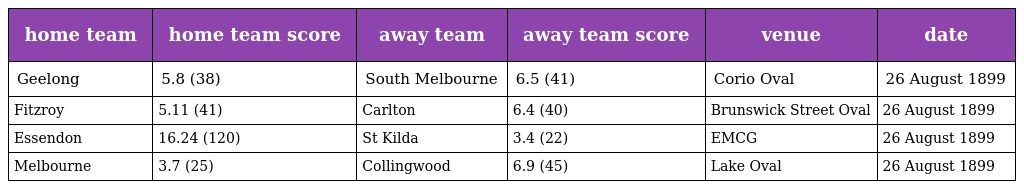
| home team | home team score | away team | away team score | venue | date |
 | --- | --- | --- | --- | --- | --- |
 | Geelong | 5.8 (38) | South Melbourne | 6.5 (41) | Corio Oval | 26 August 1899 |
 | Fitzroy | 5.11 (41) | Carlton | 6.4 (40) | Brunswick Street Oval | 26 August 1899 |
 | Essendon | 16.24 (120) | St Kilda | 3.4 (22) | EMCG | 26 August 1899 |
 | Melbourne | 3.7 (25) | Collingwood | 6.9 (45) | Lake Oval | 26 August 1899 |